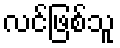
လင်ဖြစ်သူ